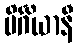
ပိင်္ဂိယာနီ